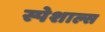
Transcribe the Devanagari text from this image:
स्पेशाल्स